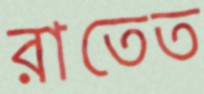
রাতেত